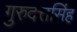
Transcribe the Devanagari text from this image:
गुरुदत्तसिंह